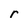
Character: r